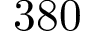
3 8 0